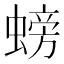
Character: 螃